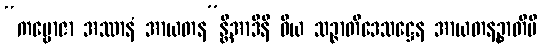
“ကမ္ဗောဇာ အဿာနံ အာယတန”န္တိအာဒီနိ ဝိယ သဉ္ဇာတိဒေသဋ္ဌေန အာယတနဉ္စာတိပိ